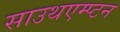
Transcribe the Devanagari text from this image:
साउथएम्प्टन